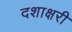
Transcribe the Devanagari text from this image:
दशाक्षरी